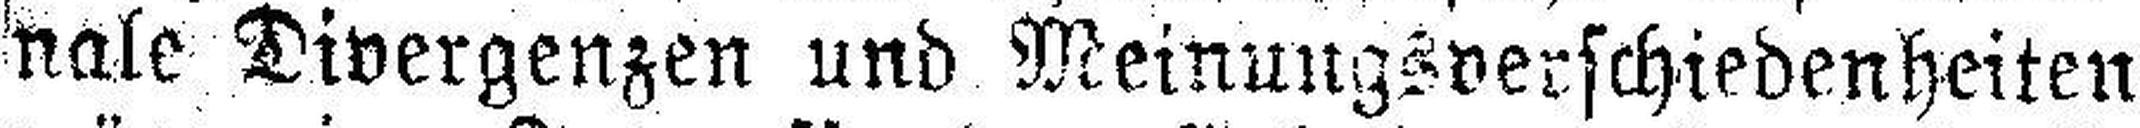
nale Divergenzen und Meinungsverschiedenheiten